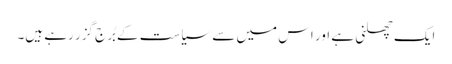
ایک چھلنی ہے اور اس میں سے سیاست کے بُرج گزر رہے ہیں۔